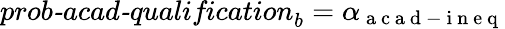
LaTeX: \textit{prob-acad-qualification}_{b}=\alpha_{\mathrm{~a~c~a~d~-~i~n~e~q~}}